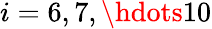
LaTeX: i=6,7,\hdots 10